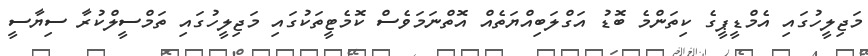
މަޖިލީހުގައި އެމްޑީޕީގެ ކިތަންމެ ބޮޑު އަގްލަބިއްޔަތެއް އޮތްނަމަވެސް ކޮމެޓީތަކުގައި މަޖިލީހުގައި ތަމްސީލްކުރާ ސިޔާސީ